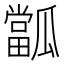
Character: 㼕